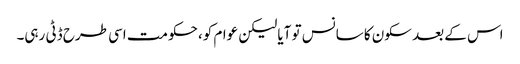
اس کے بعد سکون کا سانس تو آیا لیکن عوام کو، حکومت اسی طرح ڈٹی رہی۔